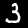
Digit: 3